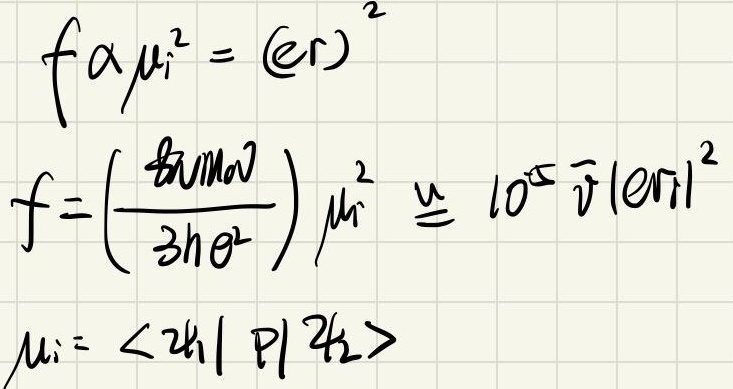
\[
\begin{align*}
f\alpha\mu_{i}^{2}&=(er)^{2}\\
f&=\left(\frac{\hbar\nu m_0\omega}{3h e^{2}}\right)\mu_{i}^{2}\cong 10^{5}\overline{\nu}|\mathrm{er}_{fi}|^{2}\\
\mu_{i}&=\langle\psi_{i}| P|\psi_{f}\rangle
\end{align*}
\]